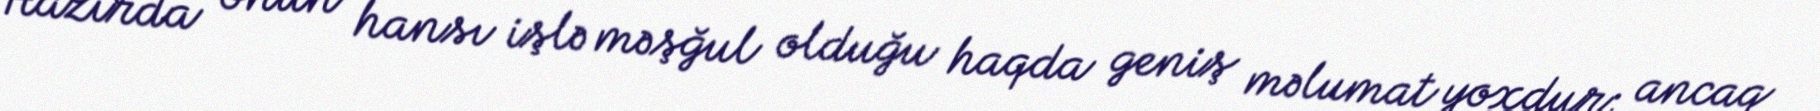
Hazırda onun hansı işlə məşğul olduğu haqda geniş məlumat yoxdur; ancaq